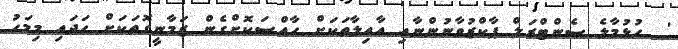
'  ހުޅުމާލެ ސެންޓްރަލް ޕާކްޒުވާނުންނާއި އާއިލާތަކަށް ހާއްސަކޮށްގެން ޒަމާނީގޮތަކަށް ހަދައި މިމަހު